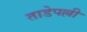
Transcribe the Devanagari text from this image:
ताडेपल्ली